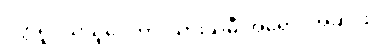
ပုတ္တရူပယသူပေတာ၊ သားသမီးအရောင်အဆင်း